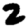
Digit: 2